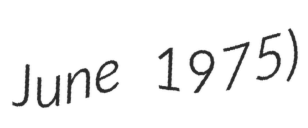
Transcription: June 1975)